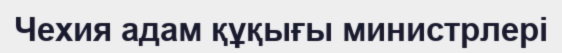
Чехия адам құқығы министрлері